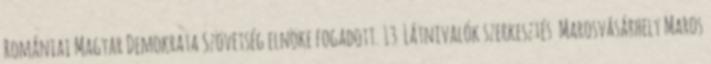
Romániai Magyar Demokrata Szövetség elnöke fogadott. 13 Látnivalók szerkesztés Marosvásárhely Maros